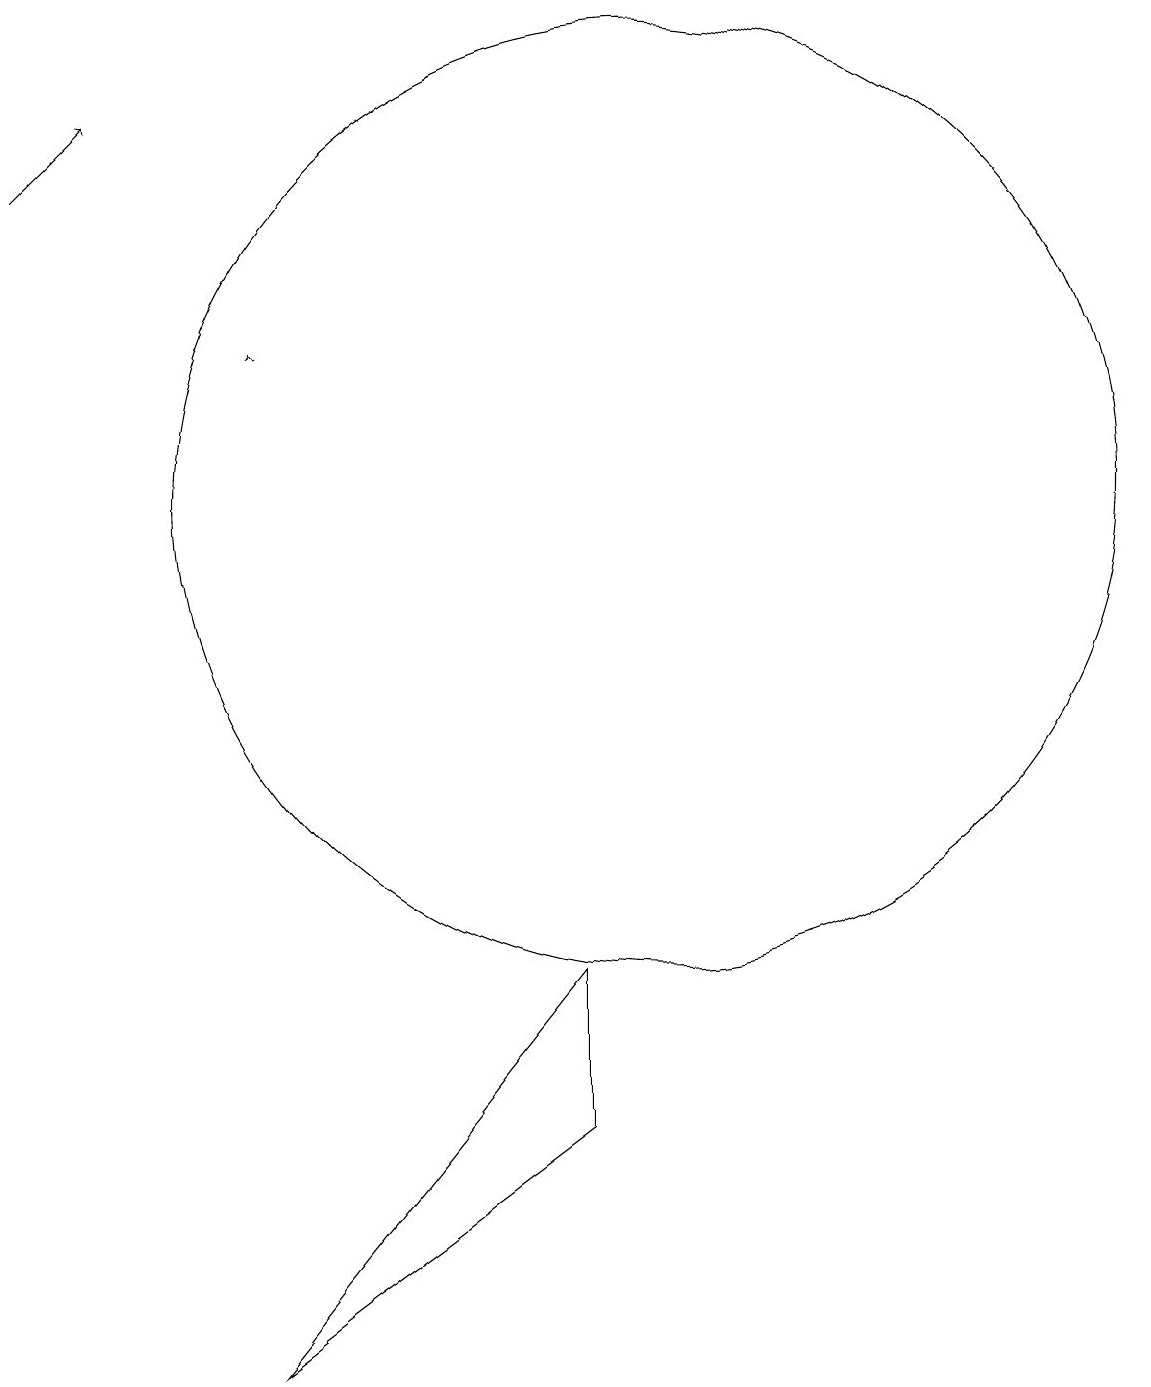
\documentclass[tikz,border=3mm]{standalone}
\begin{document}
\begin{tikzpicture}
\draw (5,0) -- (9,3) -- (9,5) -- cycle;
\draw[->] (5,13) -- (5,13);
\draw (10,11) circle (6);
\draw[->] (2,15) -- (3,16);
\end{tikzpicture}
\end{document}